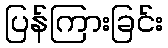
ပြန်ကြားခြင်း